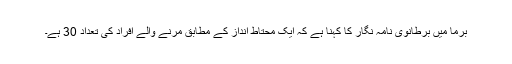
برما میں برطانوی نامہ نگار کا کہنا ہے کہ ایک محتاط انداز کے مطابق مرنے والے افراد کی تعداد 30 ہے۔